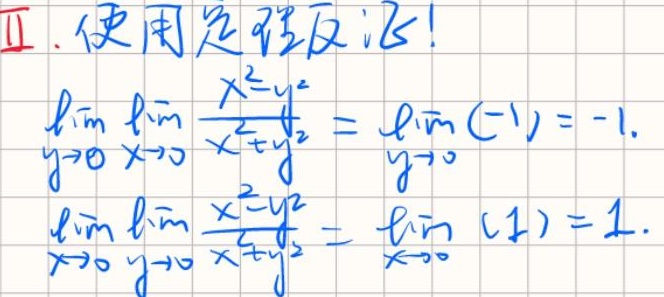
II. 使用定理反证！
\[
\begin{align*}
&\lim_{y \to 0}\lim_{x \to 0}\frac{x^{2}-y^{2}}{x^{2}+y^{2}}=\lim_{y \to 0}(-1)= - 1.\\
&\lim_{x \to 0}\lim_{y \to 0}\frac{x^{2}-y^{2}}{x^{2}+y^{2}}=\lim_{x \to 0}(1)=1.
\end{align*}
\]